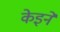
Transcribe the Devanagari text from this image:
केइने